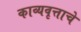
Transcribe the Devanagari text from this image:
काव्यवृत्ताचे